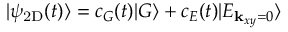
| \psi _ { \mathrm { 2 D } } ( t ) \rangle = c _ { G } ( t ) | G \rangle + c _ { E } ( t ) | E _ { { \bf k } _ { x y } = 0 } \rangle